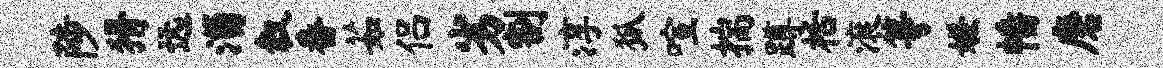
陟猾远淄叙番茹侣劣割淳狐喧揣蹲栝滚等嫌幡磨